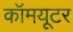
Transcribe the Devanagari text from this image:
कॉमयूटर